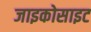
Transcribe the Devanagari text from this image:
जाइकोसाइट